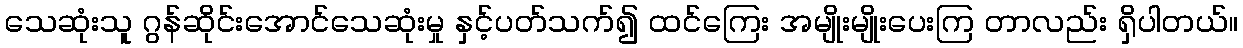
သေဆုံးသူ ဂွန်ဆိုင်းအောင်သေဆုံးမှု နှင့်ပတ်သက်၍ ထင်ကြေး အမျိုးမျိုးပေးကြ တာလည်း ရှိပါတယ်။